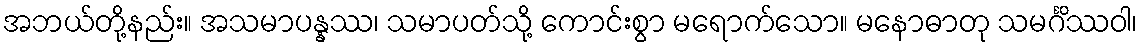
အဘယ်တို့နည်း။ အသမာပန္နဿ၊ သမာပတ်သို့ ကောင်းစွာ မရောက်သော။ မနောဓာတု သမင်္ဂိဿဝါ၊